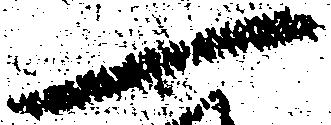
一